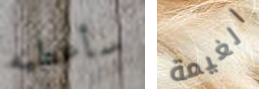
سأعطيه الغيمة